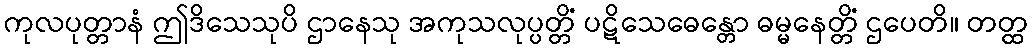
ကုလပုတ္တာနံ ဤဒိသေသုပိ ဌာနေသု အကုသလုပ္ပတ္တိံ ပဋိသေဓေန္တော ဓမ္မနေတ္တိံ ဌပေတိ။ တတ္ထ